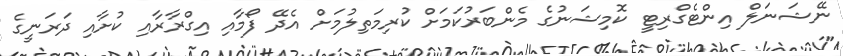
ނޭޝަނަލް އިންޓެގްރިޓީ ކޮމިޝަނުގެ މެންބަރުކަމަށް ކުރިމަތިލުމަށް އެދޭ ފޯމާއި އިގްރާރާއި ކުށާއި ދަރަނީގެ